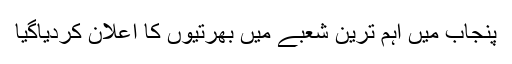
پنجاب میں اہم ترین شعبے میں بھرتیوں کا اعلان کردیاگیا